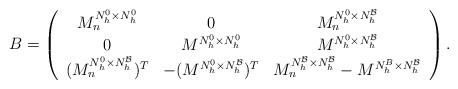
LaTeX: \begin{align*}{B}=\left(\begin{array}{ccc}M_n^{N_h^0\times N_h^0}&0&M_n^{N_h^0\times N_h^\mathcal{B}}\\0&M^{N_h^0\times N_h^0}&M^{N_h^0\times N_h^\mathcal{B}}\\(M_n^{N_h^0\times N_h^\mathcal{B}})^T&-(M^{N_h^0\times N_h^\mathcal{B}})^T&M_n^{N_h^\mathcal{B} \times N_h^\mathcal{B}}-M^{N_h^B\times N_h^\mathcal{B}}\end{array}\right).\end{align*}